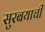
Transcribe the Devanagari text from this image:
सुरबयाची